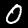
Digit: 0